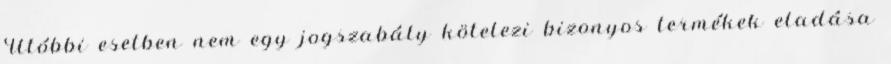
Utóbbi esetben nem egy jogszabály kötelezi bizonyos termékek eladása